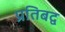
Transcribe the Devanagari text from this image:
प्रतिबद्व